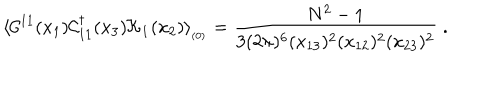
LaTeX: \langle { \cal C } ^ { 1 1 } ( x _ { 1 } ) { \cal C } _ { 1 1 } ^ { \dagger } ( x _ { 3 } ) { \cal K } _ { { \bf 1 } } ( x _ { 2 } ) \rangle _ { _ { ( 0 ) } } = { \frac { N ^ { 2 } - 1 } { 3 ( 2 \pi ) ^ { 6 } ( x _ { 1 3 } ) ^ { 2 } ( x _ { 1 2 } ) ^ { 2 } ( x _ { 2 3 } ) ^ { 2 } } } \; .